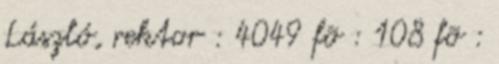
László, rektor : 4049 fõ : 108 fõ :